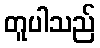
တူပါသည်